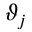
\vartheta _ { j }